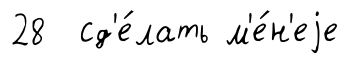
28 сд'е́лать м'е́н'еjе